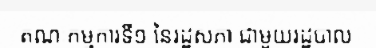
គណៈកម្មការទី១ នៃរដ្ឋសភា ជាមួយរដ្ឋបាល